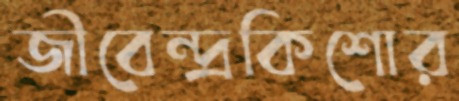
জীবেন্দ্রকিশোর